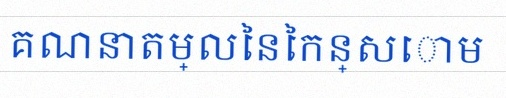
គណនាតម្លៃនៃកន្សោម